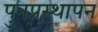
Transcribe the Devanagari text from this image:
पुनप्रस्थापन